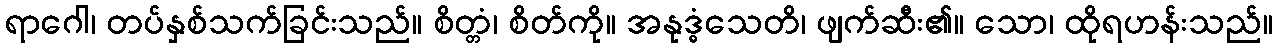
ရာဂေါ၊ တပ်နှစ်သက်ခြင်းသည်။ စိတ္တံ၊ စိတ်ကို။ အနုဒ္ဓံသေတိ၊ ဖျက်ဆီး၏။ သော၊ ထိုရဟန်းသည်။